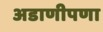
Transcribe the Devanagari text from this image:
अडाणीपणा